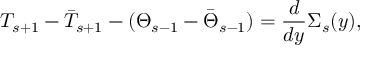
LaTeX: T _ { s + 1 } - \bar { T } _ { s + 1 } - ( \Theta _ { s - 1 } - \bar { \Theta } _ { s - 1 } ) = \frac { d } { d y } \Sigma _ { s } ( y ) ,